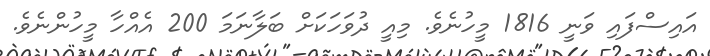
އައިސްފައި ވަނީ 1816 މީހުނެވެ. މިއީ ދުވަހަކަށް ބަލާނަމަ 200 އެއްހާ މީހުންނެވެ.